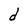
Character: d